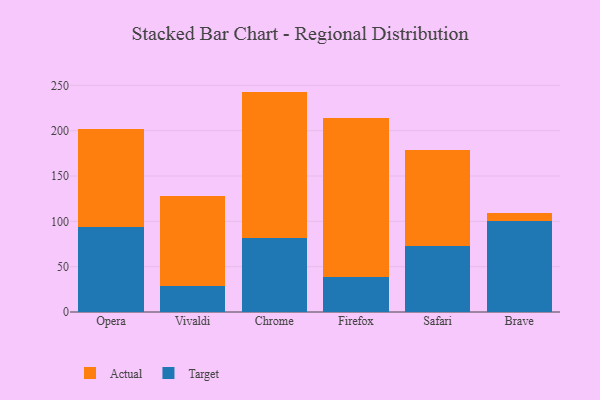
{"axis": {"x": "Browser", "y": "Gross Profit (USD K)"}, "legend": ["Actual", "Target"], "data": [{"x": "Opera", "y": 93.4, "type": "Target"}, {"x": "Opera", "y": 108.9, "type": "Actual"}, {"x": "Vivaldi", "y": 29.1, "type": "Target"}, {"x": "Vivaldi", "y": 98.5, "type": "Actual"}, {"x": "Chrome", "y": 81.3, "type": "Target"}, {"x": "Chrome", "y": 161.8, "type": "Actual"}, {"x": "Firefox", "y": 38.7, "type": "Target"}, {"x": "Firefox", "y": 174.9, "type": "Actual"}, {"x": "Safari", "y": 73.1, "type": "Target"}, {"x": "Safari", "y": 105.4, "type": "Actual"}, {"x": "Brave", "y": 100.6, "type": "Target"}, {"x": "Brave", "y": 8.7, "type": "Actual"}]}